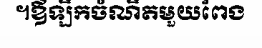
។ឪឡឹកចំណឹតមួយពែង